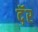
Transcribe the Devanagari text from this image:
दॅ़र